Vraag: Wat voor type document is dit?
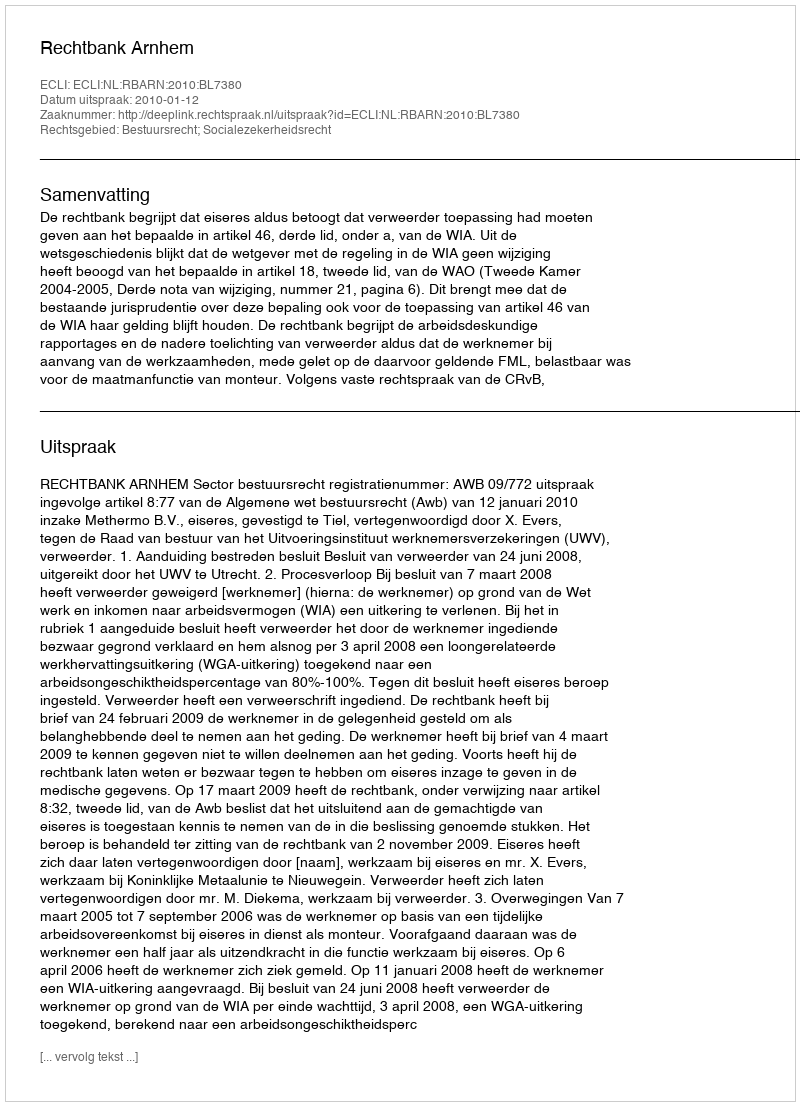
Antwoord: Uitspraak